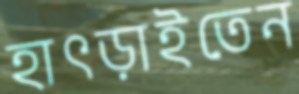
হাৎড়াইতেন